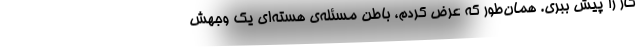
کار را پیش ببری. همان‌طور که عرض کردم، باطن مسئله‌ی هسته‌ای یک وجهش